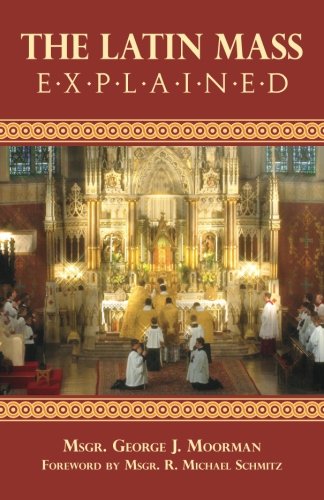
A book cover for The Latin Mass Explained: Everything needed to understand and appreciate the Traditional Latin Mass.; George J. Moorman; Christian Books & Bibles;